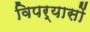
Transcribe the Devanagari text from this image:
विपर्यासों